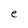
Character: e